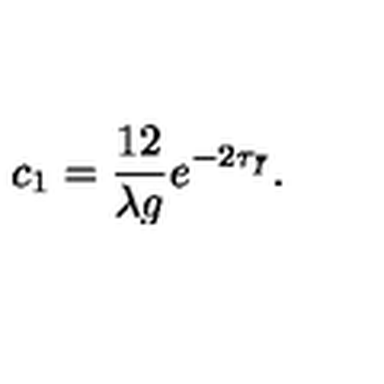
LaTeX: c _ { 1 } = \frac { 1 2 } { \lambda g } e ^ { - 2 \tau _ { \bar { I } } } .